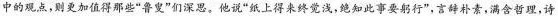
中的观点，则更加值得那些”鲁叟”们深思。他说”纸上得来终觉浅，绝知此事要躬行”，言辞朴素，满含哲理，诗